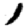
Digit: 1